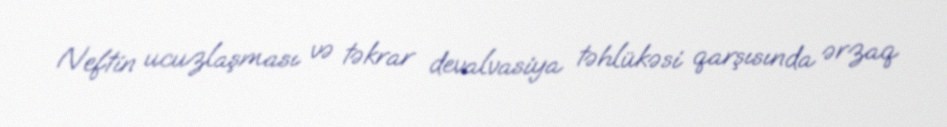
Neftin ucuzlaşması və təkrar devalvasiya təhlükəsi qarşısında ərzaq